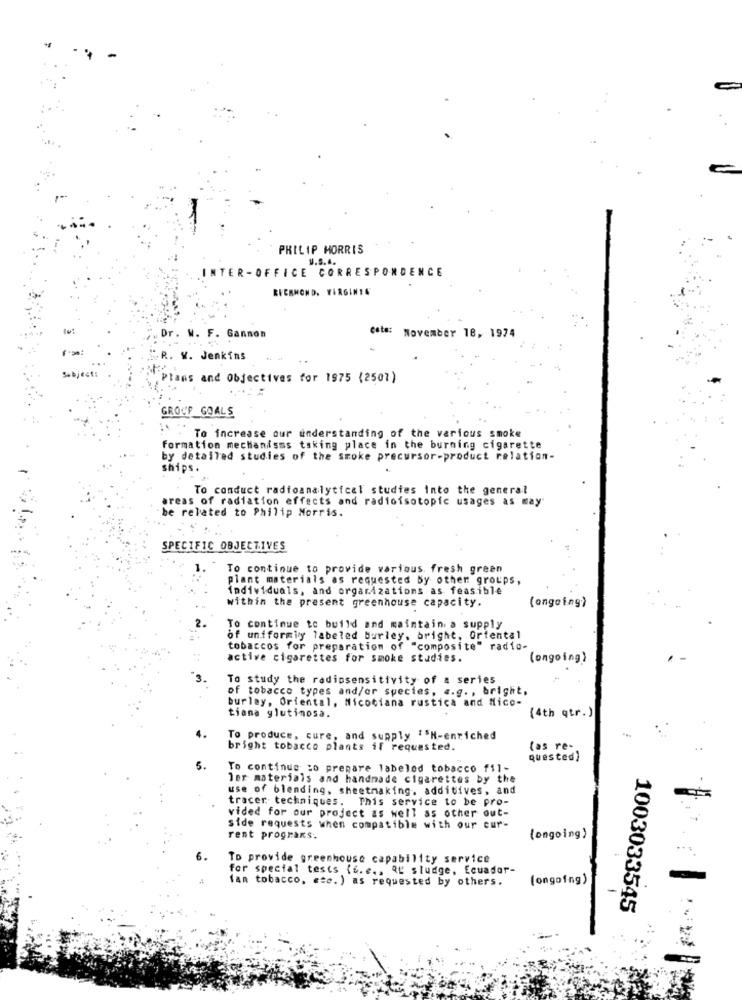
PHILIP MORRIS
U.S.A.
INTER-OFFICE CORRESPONDENCE
RICHMOND, VIRGINIA
Dr. W. F. Gannon
cats: November 18, 1974
R. W. Jenkins
Subject:
Plans and Objectives for 1975 (2507)
GROUP GOALS
To increase our understanding of the various smoke
Formation mechanisms taking place in the burning cigarette
by detailed studies of the smoke precursor-product relation-
ships.
To conduct radioanalytical studies into the general
areas of radiation effects and radioisotopic usages as may
be related to Philip Morris.
SPECIFIC OBJECTIVES
1.
To continue to provide various. fresh green
plant materials as requested By other groups,
individuals, and organizations as feasible
within the present greenhouse capacity.
(ongoing)
To continue to build and maintain a supply
of uniformly labeled burley, bright, Oriental
tobaccos for preparation of "composite" radio-
active cigarettes for smoke studies.
(ongoing)
To study the radiosensitivity of a series
of tobacco types and/or species, a.g. , bright,
burley, Oriental, Nicotiana rustica and Mico-
tiana glutinosa.
(4th qtr.)
To produce, cure, and supply "EN-enriched
bright tobacco plants if requested.
(as re-
quested)
5.
To continue to prepare labeled tobacco fil-
ler materials and handmade cigarettes by the
use of blending, sheetmaking, additives, and
tracer techniques. This service to be pro-
vided for our project as well as other out-
side requests when compatible with our cur-
rent programs.
(ongoing)
6.
To provide greenhouse capability service
for special tests (6.e ., ať sludge, Ecuador-
fan tobacco, etc. ) as requested by others.
(ongoing)
1003033545